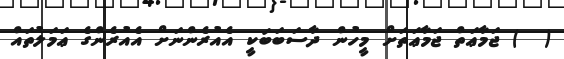
(  ) ޖަމާޢަތް ޖަމާޢަތަށް މީހުން ދާސަބަބަކީ އެއުރެންނަށް އެއުރެންގެ ޢަމަލުތައް